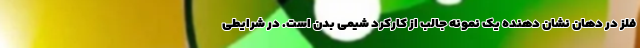
فلز در دهان نشان دهنده یک نمونه جالب از کارکرد شیمی بدن است. در شرایطی